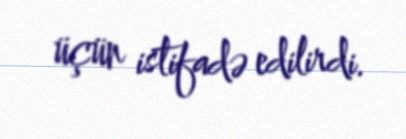
üçün istifadə edilirdi.